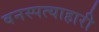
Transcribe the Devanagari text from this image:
वनस्पत्याहारी